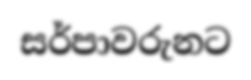
සර්පාවරුනට